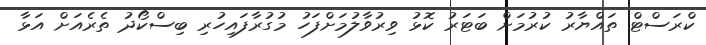
ކްރަސްޓް ތައްޔާރު ކުރުމަށް ބަޓަރު ކޮޅު ވިރުވާލުމަށްފަހު މުގުރާފައިހުރި ބިސްކޯދު ތެރެއަށް އަޅާ